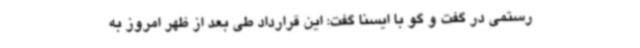
رستمی در گفت و گو با ایسنا گفت: این قرارداد طی بعد از ظهر امروز به